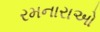
રમનારાઓ